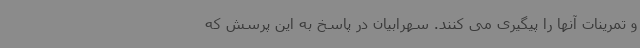
و تمرینات آنها را پیگیری می کنند. سهرابیان در پاسخ به این پرسش که